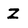
Character: Z